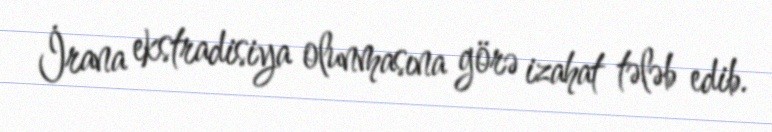
İrana ekstradisiya olunmasına görə izahat tələb edib.